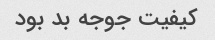
کیفیت جوجه بد بود